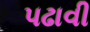
પઢાવી